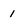
Character: 1